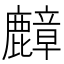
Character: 𪋟